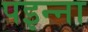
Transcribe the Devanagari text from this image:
पइन्ना